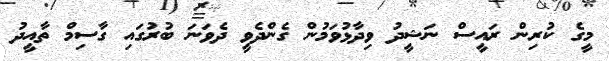
މީގެ ކުރިން ރައީސް ނަޝީދު ވިދާޅުވަމުން ގެންދެވީ ދެވަނަ ބުރުގައި ގާސިމް ތާއީދު